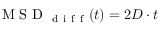
\mathrm { ~ M ~ S ~ D ~ } _ { \mathrm { ~ d ~ i ~ f ~ f ~ } } ( t ) = 2 D \cdot t